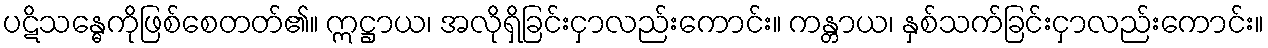
ပဋိသန္ဓေကိုဖြစ်စေတတ်၏။ ဣဋ္ဌာယ၊ အလိုရှိခြင်းငှာလည်းကောင်း။ ကန္တာယ၊ နှစ်သက်ခြင်းငှာလည်းကောင်း။